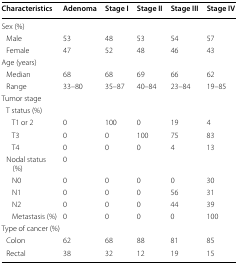
<table><thead><tr><td><b>Characteristics</b></td><td><b>Adenoma</b></td><td><b>Stage I</b></td><td><b>Stage II</b></td><td><b>Stage III</b></td><td><b>Stage IV</b></td></tr></thead><tbody><tr><td colspan="6">Sex (%)</td></tr><tr><td> Male</td><td>53</td><td>48</td><td>53</td><td>54</td><td>57</td></tr><tr><td> Female</td><td>47</td><td>52</td><td>48</td><td>46</td><td>43</td></tr><tr><td colspan="6">Age (years)</td></tr><tr><td> Median</td><td>68</td><td>68</td><td>69</td><td>66</td><td>62</td></tr><tr><td> Range</td><td>33–80</td><td>35–87</td><td>40–84</td><td>23–84</td><td>19–85</td></tr><tr><td colspan="6">Tumor stage</td></tr><tr><td colspan="6"> T status (%)</td></tr><tr><td>T1 or 2</td><td>0</td><td>100</td><td>0</td><td>19</td><td>4</td></tr><tr><td>T3</td><td>0</td><td>0</td><td>100</td><td>75</td><td>83</td></tr><tr><td>T4</td><td>0</td><td>0</td><td>0</td><td>4</td><td>13</td></tr><tr><td> Nodal status (%)</td><td>0</td><td></td><td></td><td></td><td></td></tr><tr><td>N0</td><td>0</td><td>0</td><td>0</td><td>0</td><td>30</td></tr><tr><td>N1</td><td>0</td><td>0</td><td>0</td><td>56</td><td>31</td></tr><tr><td>N2</td><td>0</td><td>0</td><td>0</td><td>44</td><td>39</td></tr><tr><td>Metastasis (%)</td><td>0</td><td>0</td><td>0</td><td>0</td><td>100</td></tr><tr><td colspan="6">Type of cancer (%)</td></tr><tr><td> Colon</td><td>62</td><td>68</td><td>88</td><td>81</td><td>85</td></tr><tr><td> Rectal</td><td>38</td><td>32</td><td>12</td><td>19</td><td>15</td></tr></tbody></table>